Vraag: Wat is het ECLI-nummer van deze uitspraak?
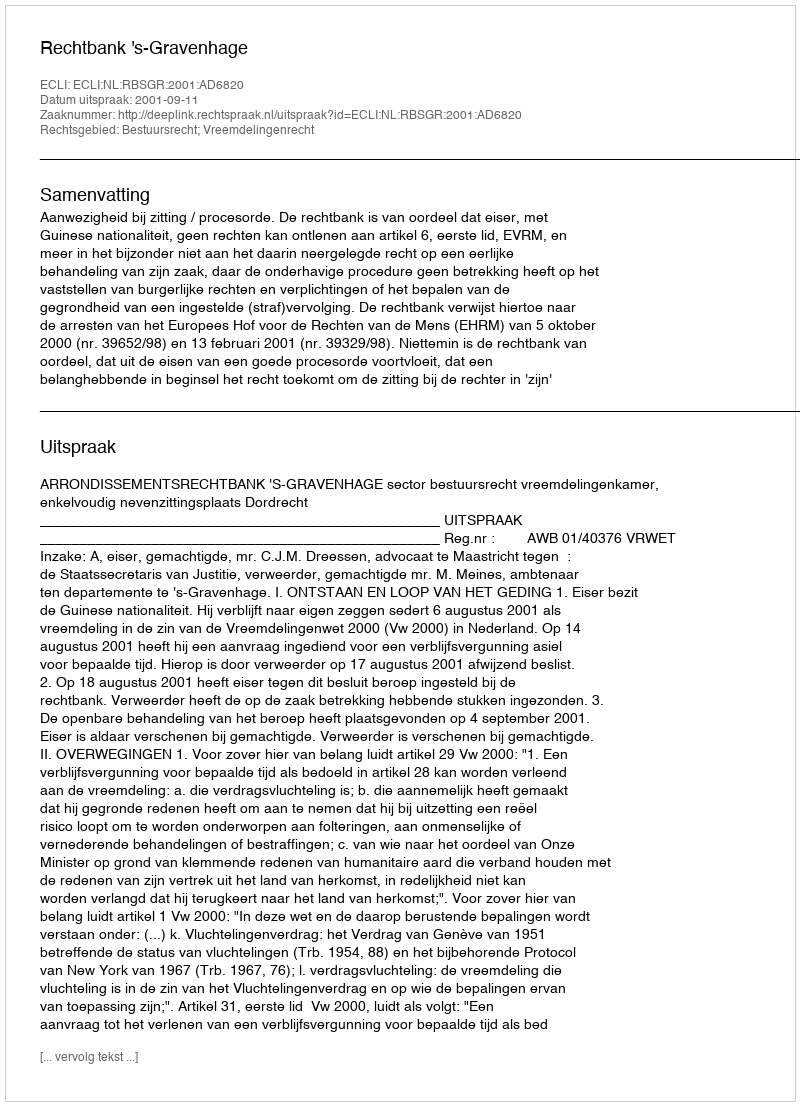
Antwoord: ECLI:NL:RBSGR:2001:AD6820